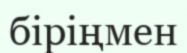
біріңмен